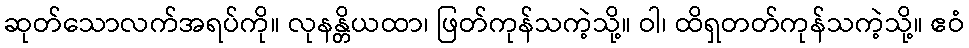
ဆုတ်သောလက်အရပ်ကို။ လုနန္တိယထာ၊ ဖြတ်ကုန်သကဲ့သို့။ ဝါ၊ ထိရှတတ်ကုန်သကဲ့သို့။ ဧဝံ